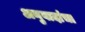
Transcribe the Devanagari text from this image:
अनुवादांचा